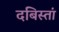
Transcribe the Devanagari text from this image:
दबिस्तां